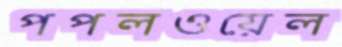
পপলওয়েল